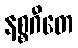
နစ္စဂီတေ